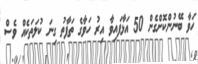
ހަވާ ބޭނުންކޮށްގެން 50 އަޅާފައިވާ އިރު ހަވާގެ ތަފާތު ގިނަ ކުލަތަކެއް ވެސް